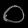
Digit: ၀